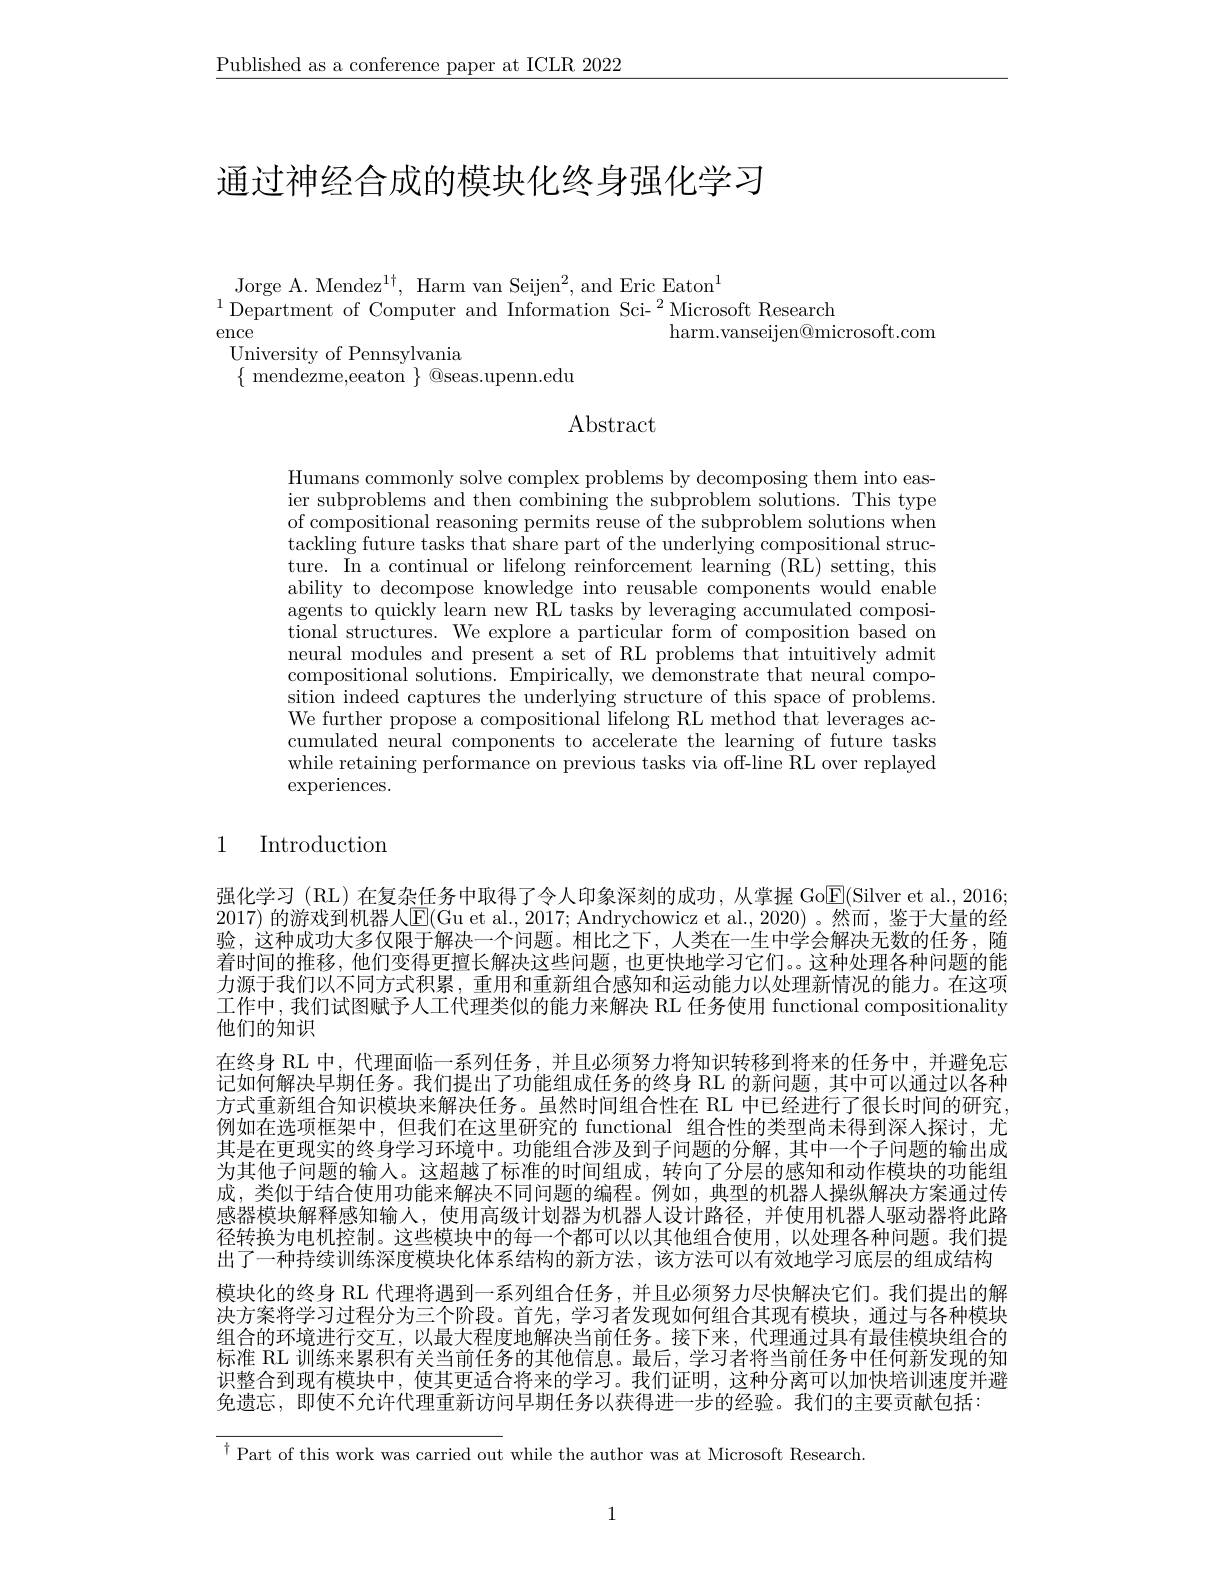
$\underline{\text{Published as a conference paper at ICLR 2022}}$

# 通过神经合成的模块化终身强化学习

Jorge A. Mendez$^1\dagger$, Harm van Seijen$^2$, and Eric Eaton$^1$
$^{1}$Department of Computer and Information Sci-$^2$Microsoft Research
ence
harm. vanseijen@ microsoft. com
University of Pennsylvania
$\{$ mendezme,eeaton $\}$ @seas.upenn.edu

$\operatorname{Abstract}$

Humans commonly solve complex problems by decomposing them into easier subproblems and then combining the subproblem solutions. This type of compositional reasoning permits reuse of the subproblem solutions when tackling future tasks that share part of the underlying compositional structure. In a continual or lifelong reinforcement learning (RL) setting, this ability to decompose knowledge into reusable components would enable agents to quickly learn new RL tasks by leveraging accumulated compositional structures. We explore a particular form of composition based on neural modules and present a set of RL problems that intuitively admit compositional solutions. Empirically, we demonstrate that neural compo- $\bar{\text{sition indeed captures the underlying structure of this space of problems}}$ We further propose a compositional lifelong RL method that leverages accumulated neural components to accelerate the learning of future tasks while retaining performance on previous tasks via off-line RL over replayed $\operatorname{experiences}.$

## 1 Introduction

强化学习(RL)在复杂任务中取得了令人印象深刻的成功，从掌握 GoE(Silver et al.,2016; 2017) 的游戏到机器人E(Gu et al.,2017; Andrychowicz et al.,2020)。然而，鉴于大量的经验，这种成功大多仅限于解决一个问题。相比之下，人类在一生中学会解决无数的任务，随着时间的推移，他们变得更擅长解决这些问题，也更快地学习它们。。这种处理各种问题的能力源于我们以不同方式积累，重用和重新组合感知和运动能力以处理新情况的能力。在这项工作中，我们试图赋予人工代理类似的能力来解决 RL 任务使用 functional compositionality 他们的知识
在终身 RL 中，代理面临一系列任务，并且必须努力将知识转移到将来的任务中，并避免忘记如何解决早期任务。我们提出了功能组成任务的终身 RL 的新问题，其中可以通过以各种方式重新组合知识模块来解决任务。虽然时间组合性在 RL 中已经进行了很长时间的研究例如在选项框架中，但我们在这里研究的 functional 组合性的类型尚未得到深人探讨，尤其是在更现实的终身学习环境中。功能组合涉及到子问题的分解，其中一个子问题的输出成为其他子问题的输人。这超越了标准的时间组成，转向了分层的感知和动作模块的功能组成，类似于结合使用功能来解决不同问题的编程。例如，典型的机器人操纵解决方案通过传感器模块解释感知输人，使用高级计划器为机器人设计路径，并使用机器人驱动器将此路径转换为电机控制。这些模块中的每一个都可以以其他组合使用，以处理各种问题。我们提出了一种持续训练深度模块化体系结构的新方法，该方法可以有效地学习底层的组成结构模块化的终身 RL 代理将遇到一系列组合任务，并且必须努力尽快解决它们。我们提出的解决方案将学习过程分为三个阶段。首先，学习者发现如何组合其现有模块，通过与各种模块组合的环境进行交互，以最大程度地解决当前任务。接下来，代理通过具有最佳模块组合的标准 RL 训练来累积有关当前任务的其他信息。最后，学习者将当前任务中任何新发现的知识整合到现有模块中，使其更适合将来的学习。我们证明，这种分离可以加快培训速度并避免遗忘，即使不允许代理重新访问早期任务以获得进一步的经验。我们的主要贡献包括：

$^{\dagger}$Part of this work was carried out while the author was at Microsoft Research.

1